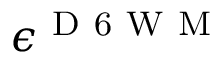
\epsilon ^ { \mathrm { ~ D ~ 6 ~ W ~ M ~ } }